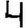
Digit: 4